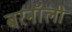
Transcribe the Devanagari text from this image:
बरनॉली